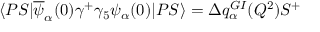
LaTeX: \langle P S | \overline { { { \psi } } } _ { \alpha } ( 0 ) \gamma ^ { + } \gamma _ { 5 } \psi _ { \alpha } ( 0 ) | P S \rangle = \Delta q _ { \alpha } ^ { G I } ( Q ^ { 2 } ) S ^ { + }